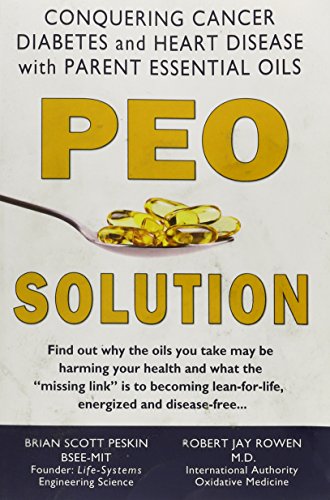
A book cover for PEO Solution - Conquering Cancer, Diabetes and Heart Disease with Parent Essential Oils; Brian S. Peskin; Health, Fitness & Dieting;